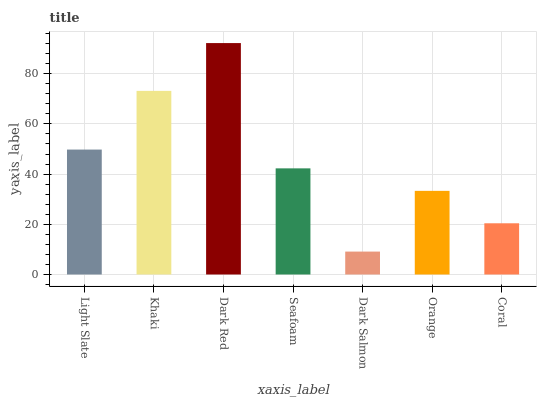
| xaxis_label | bars |
 | --- | --- |
 | Light Slate | 49.8 |
 | Khaki | 73.2 |
 | Dark Red | 92.2 |
 | Seafoam | 42.3 |
 | Dark Salmon | 9.13 |
 | Orange | 33.3 |
 | Coral | 20.4 |